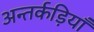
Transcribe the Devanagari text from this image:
अन्तर्कड़ियाँ